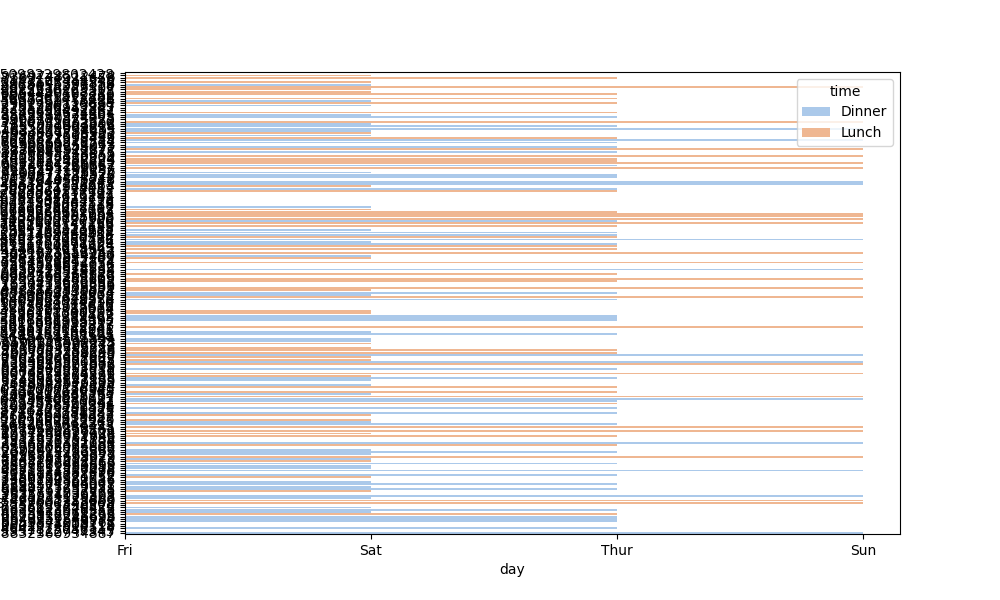
python, seaborn, barplot, hue='time', palette='pastel', ci=None, orient='h'